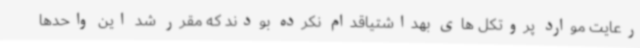
رعایت موارد پروتکل های بهداشتیاقدام نکرده بودند که مقرر شد این واحدها